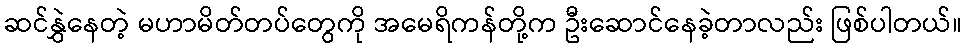
ဆင်နွှဲနေတဲ့ မဟာမိတ်တပ်တွေကို အမေရိကန်တို့က ဦးဆောင်နေခဲ့တာလည်း ဖြစ်ပါတယ်။